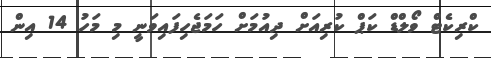
ކްރިކެޓް ވޯލްޑް ކަޕް ކުރިއަށް ދިއުމަށް ހަމަޖެހިފައިވަނީ މި މަހު 14 އިން